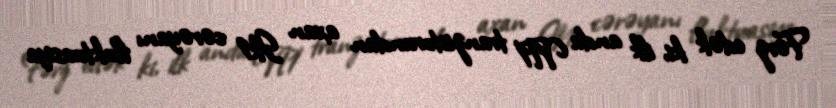
Fərz edək ki, ilk anda VT1 tranzistorundan axan Ik1 cərəyanı fluktuasiya